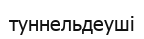
туннельдеуші